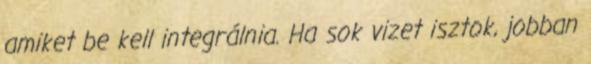
amiket be kell integrálnia. Ha sok vizet isztok, jobban